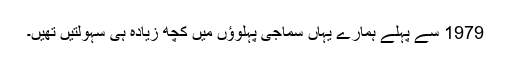
1979 سے پہلے ہمارے یہاں سماجى پہلوؤں میں کچھ زیاده ہى سہولتیں تهیں۔